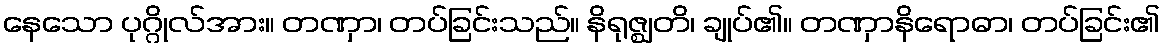
နေသော ပုဂ္ဂိုလ်အား။ တဏှာ၊ တပ်ခြင်းသည်။ နိရုဇ္ဈတိ၊ ချုပ်၏။ တဏှာနိရောဓာ၊ တပ်ခြင်း၏